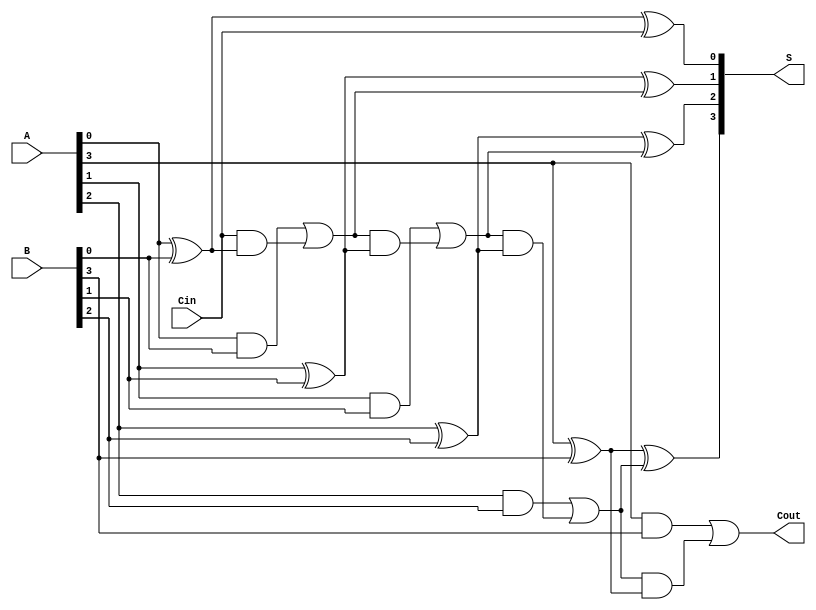
module HanCarlsonAdder #(parameter N = 4) (  // Parameter N for n-bit width
    input  wire [N-1:0] A,                  // n-bit input A
    input  wire [N-1:0] B,                  // n-bit input B
    input  wire Cin,                         // Carry-in
    output wire [N-1:0] S,                  // n-bit sum output
    output wire Cout                         // Carry-out
);

    wire [N:0] C; // Carry array, C[0] is the input carry, C[N] is the output carry

    // Generate carry bits
    assign C[0] = Cin; // Initial carry is the carry-in

    genvar i;
    generate
        for (i = 0; i < N; i = i + 1) begin : carry_generation
            // Carry Generation Logic
            assign C[i+1] = (A[i] & B[i]) | (C[i] & (A[i] ^ B[i]));
        end
    endgenerate

    // Generate sum bits
    generate
        for (i = 0; i < N; i = i + 1) begin : sum_generation
            // Sum Calculation Logic
            assign S[i] = A[i] ^ B[i] ^ C[i];
        end
    endgenerate

    // Carry-out is the last carry generated
    assign Cout = C[N];

endmodule